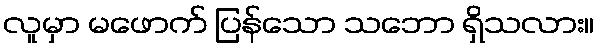
လူမှာ မဖောက် ပြန်သော သဘော ရှိသလား။